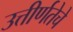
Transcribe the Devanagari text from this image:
उत्तीर्णतेचे